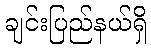
ချင်းပြည်နယ်ရှိ